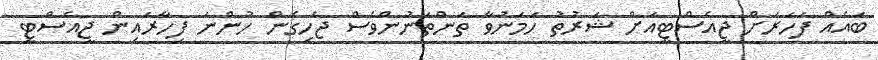
ބައެއް ފަހަރަށް ޖީއެސްޓީއަށް ޝަރުތު ހަމަނުވާ ތަންތަނުންވެސް ޖެހިގެން ހުންނަ ފިހާރައިން ޖީއެސްޓީ